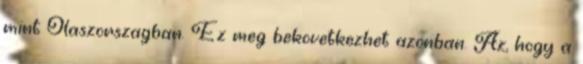
mint Olaszorszagban. Ez meg bekovetkezhet azonban. Az, hogy a